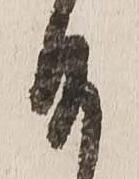
御